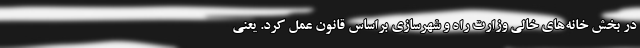
در بخش خانه‌های خالی وزارت راه و شهرسازی براساس قانون عمل کرد. یعنی